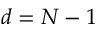
d = N - 1